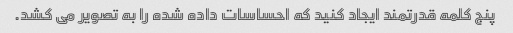
پنج کلمه قدرتمند ایجاد کنید که احساسات داده شده را به تصویر می کشد.